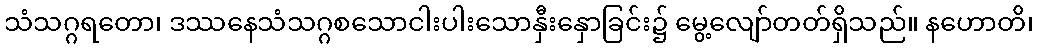
သံသဂ္ဂရတော၊ ဒဿနေသံသဂ္ဂစသောငါးပါးသောနှီးနှောခြင်း၌ မွေ့လျော်တတ်ရှိသည်။ နဟောတိ၊